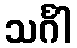
သင်္ဂါ